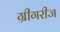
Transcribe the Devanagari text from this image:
ग्रीगरीज